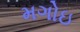
મગોઇ